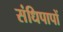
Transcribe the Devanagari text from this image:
संधिपापों